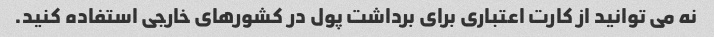
نه می توانید از کارت اعتباری برای برداشت پول در کشورهای خارجی استفاده کنید.